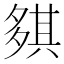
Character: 𡖾